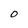
Character: O